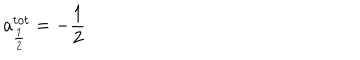
LaTeX: a _ { \frac 1 2 } ^ { t o t } = - \frac 1 2